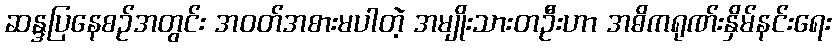
ဆန္ဒပြနေစဉ်အတွင်း အဝတ်အစားမပါတဲ့ အမျိုးသားတဦးဟာ အဓိကရုဏ်းနှိမ်နင်းရေး